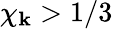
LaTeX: \chi_{\boldsymbol{\mathbf{k}}}>1/3